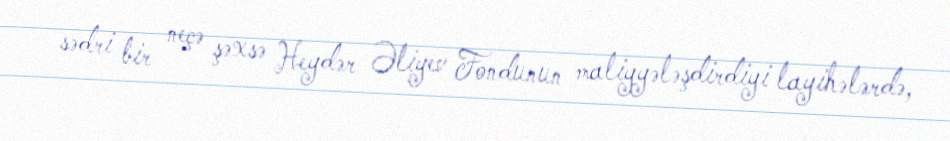
sədri bir neçə şəxsə Heydər Əliyev Fondunun maliyyələşdirdiyi layihələrdə,